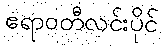
ဧရာဝတီလင်းပိုင်